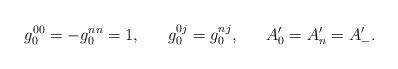
LaTeX: \begin{align*}g_0^{00}=-g_0^{nn}=1,\ \ \ \ \ g_0^{0j}=g_0^{nj}, \ \ \ \ \ A_0'=A_n'=A_-'.\end{align*}